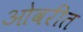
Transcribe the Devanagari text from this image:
ओवरीत